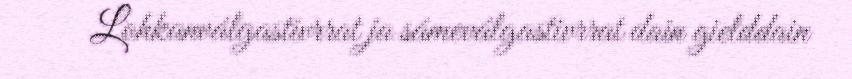
Lohkanválgastivrrat ja sámeválgastivrrat dain gielddain